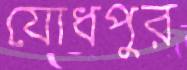
যোধপুর